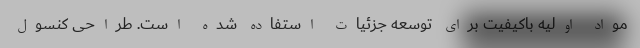
مواد اولیه باکیفیت برای توسعه جزئیات استفاده شده است. طراحی کنسول